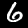
Label: 6